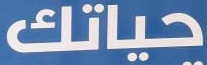
حياتك